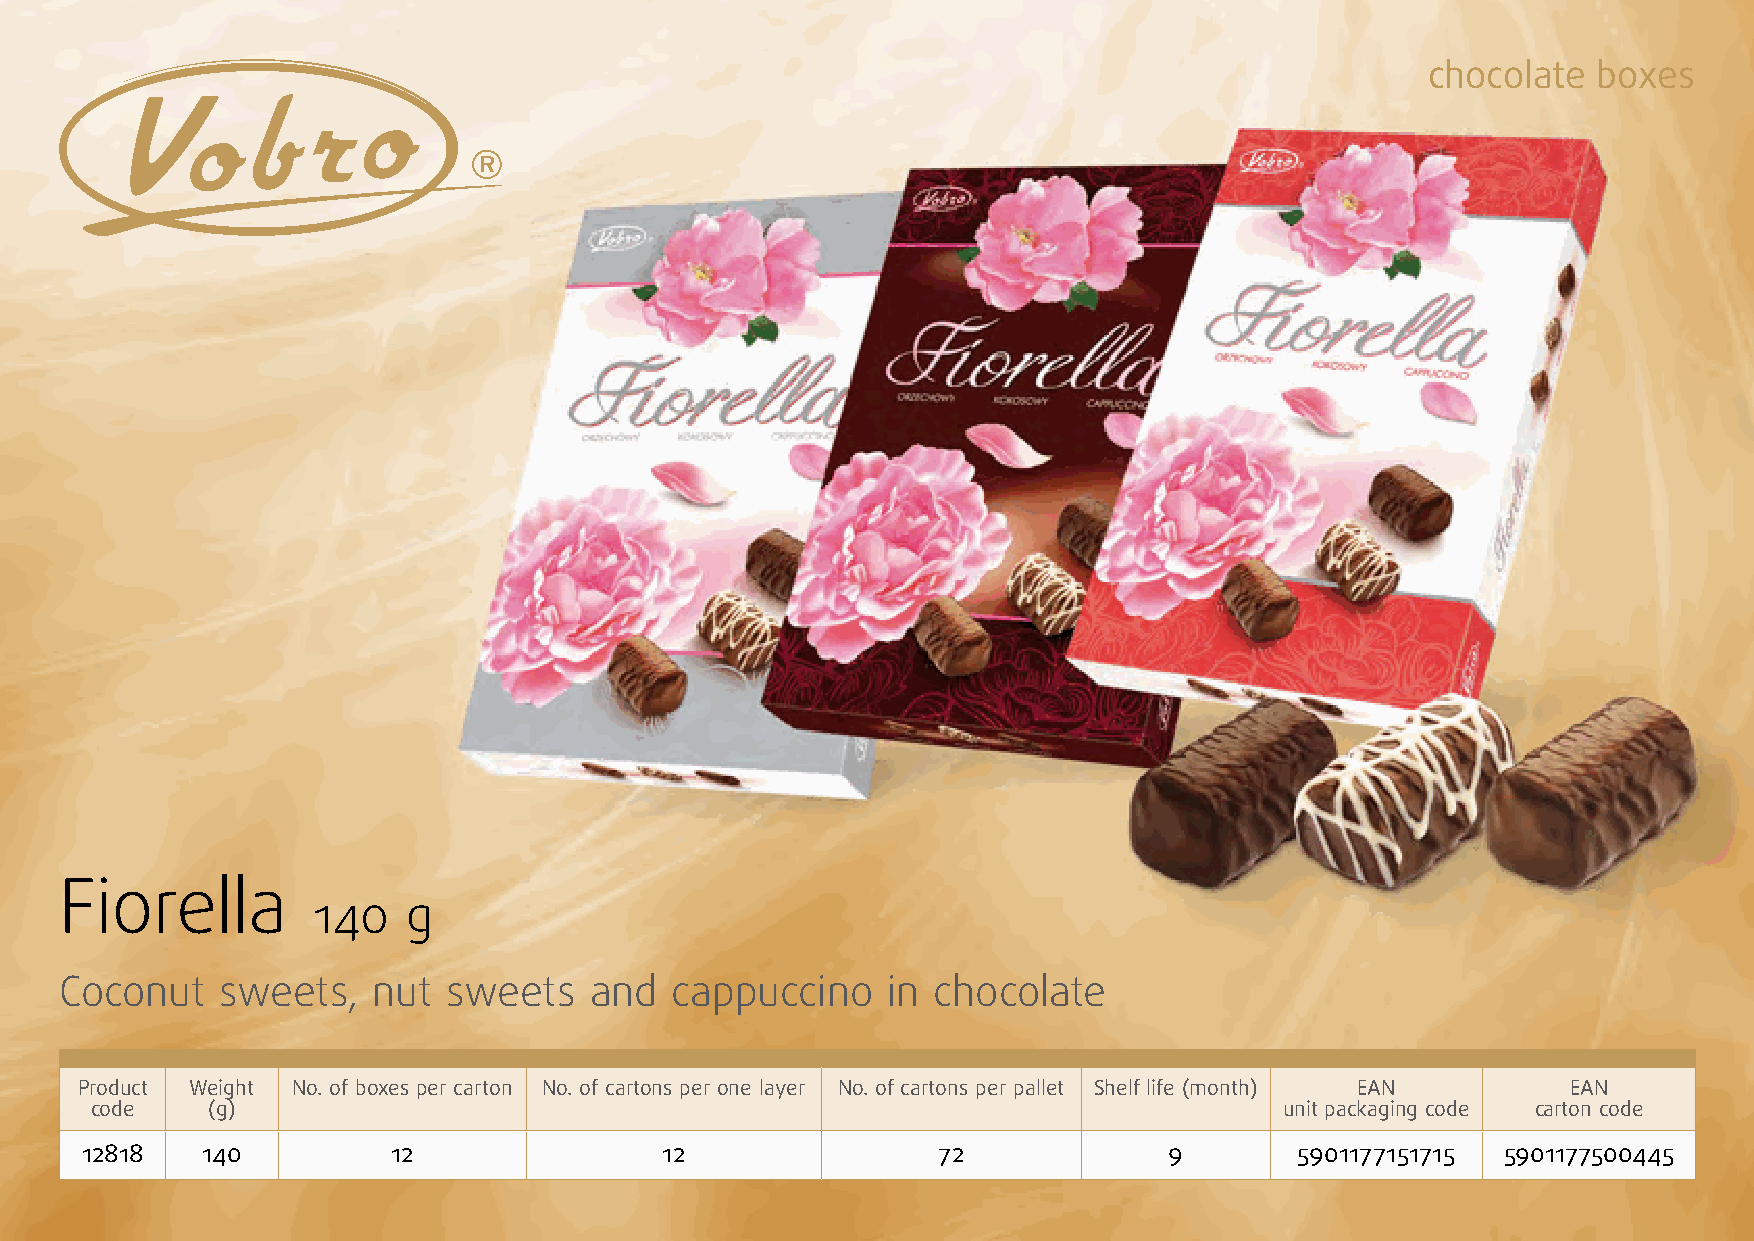
chocolate  boxes
 Fiorella
 140   g
 Coconut   sweets,    nut  sweets   and   cappuccino    in chocolate
 Product Weight No. of boxes per carton No. of cartons per one layer No. of cartons per pallet Shelf life (month) EAN EAN
 code    (g)                                                                    unit packaging code carton code
 12818   140          12                12                72             9        5901177151715 5901177500445